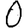
Digit: 0